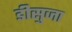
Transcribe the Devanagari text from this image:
डीसुजा